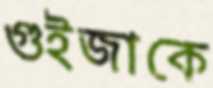
গুইজাকে